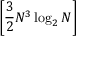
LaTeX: \left[ { \frac { 3 } { 2 } } N ^ { 3 } \log _ { 2 } N \right]